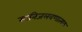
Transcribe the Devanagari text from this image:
खनिजलवणात्मक